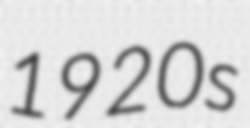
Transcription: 1920s